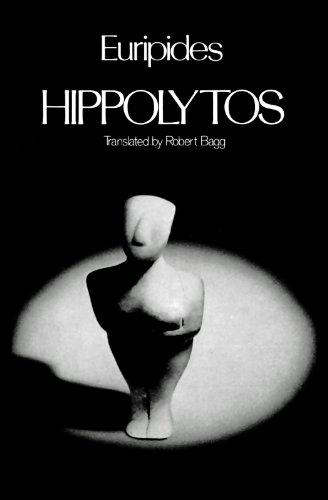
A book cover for Hippolytos (Greek Tragedy in New Translations); Euripides; Literature & Fiction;